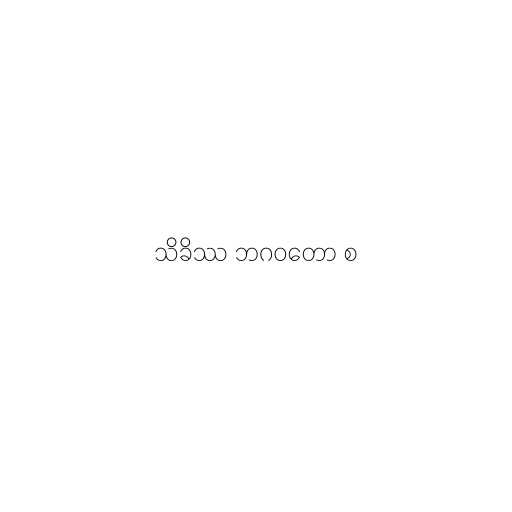
သိခိဿ ဘဂဝတော စ